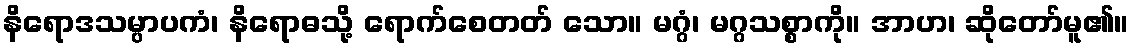
နိရောဒသမ္ပာပကံ၊ နိရောဓသို့ ရောက်စေတတ် သော။ မဂ္ဂံ၊ မဂ္ဂသစ္စာကို။ အာဟ၊ ဆိုတော်မူ၏။